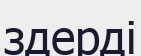
здерді